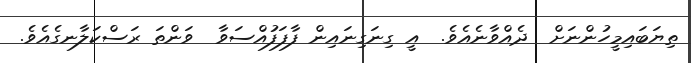
ތިޔަބައިމީހުންނަށް  ދެއްވާނެއެވެ.  އީ ގިނަގިނައިން ފާފަފުއްސަވާ  ވަންތަ ރަސްކަލާނގެއެވެ.